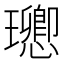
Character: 𤫈